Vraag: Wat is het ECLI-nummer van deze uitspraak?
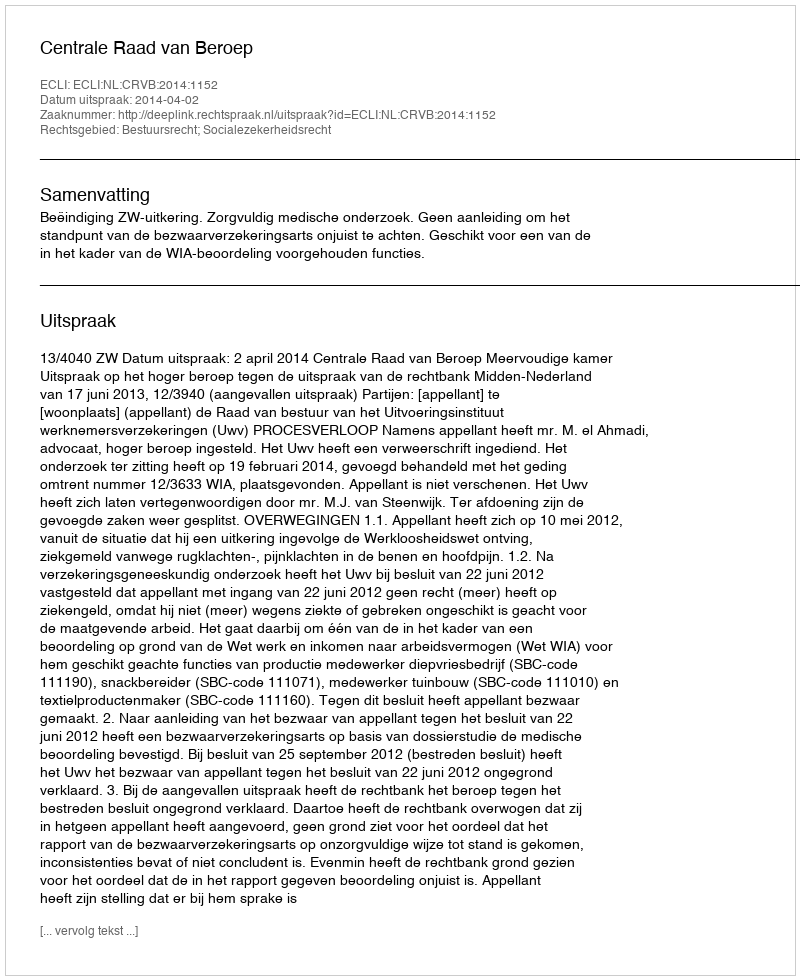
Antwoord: ECLI:NL:CRVB:2014:1152